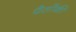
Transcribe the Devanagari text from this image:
पैसोंकी